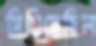
মিয়িয়েছিল